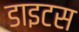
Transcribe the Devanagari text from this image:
डाइटस